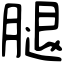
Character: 腿